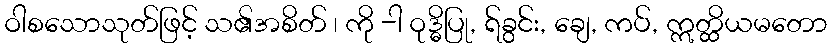
ဝါစသောသုတ်ဖြင့် သ၏အစိတ် ၊ ကို -ါ ဝုဒ္ဓိပြု, ရ်ခွင်း, ချေ, ကပ်, ဣတ္ထိယမတော